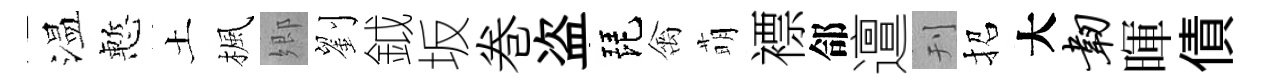
温慙土楓郷劉鉞坂巻盗琵禽萌褾郃邅刊招大韧暉債